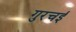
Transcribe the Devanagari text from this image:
गुरचई